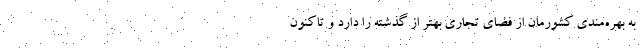
به بهره‌مندی کشورمان از فضای تجاری بهتر از گذشته را دارد و تاکنون